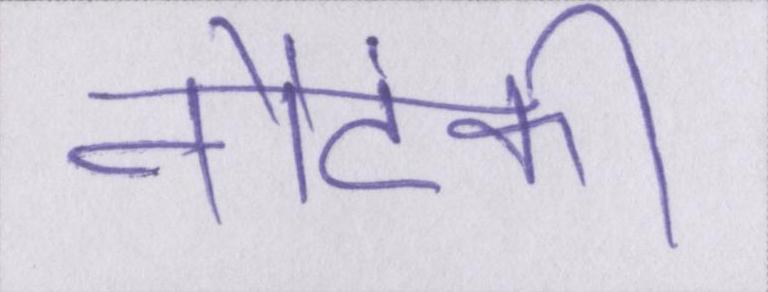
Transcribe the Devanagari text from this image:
नौटंकी